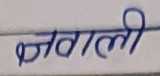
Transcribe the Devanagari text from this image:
जवाली